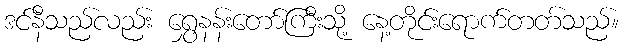
ဒင်နီသည်လည်း ရွှေနန်းတော်ကြီးသို့ နေ့တိုင်းရောက်တတ်သည်။